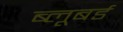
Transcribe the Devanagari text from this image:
ब्लूबर्ड